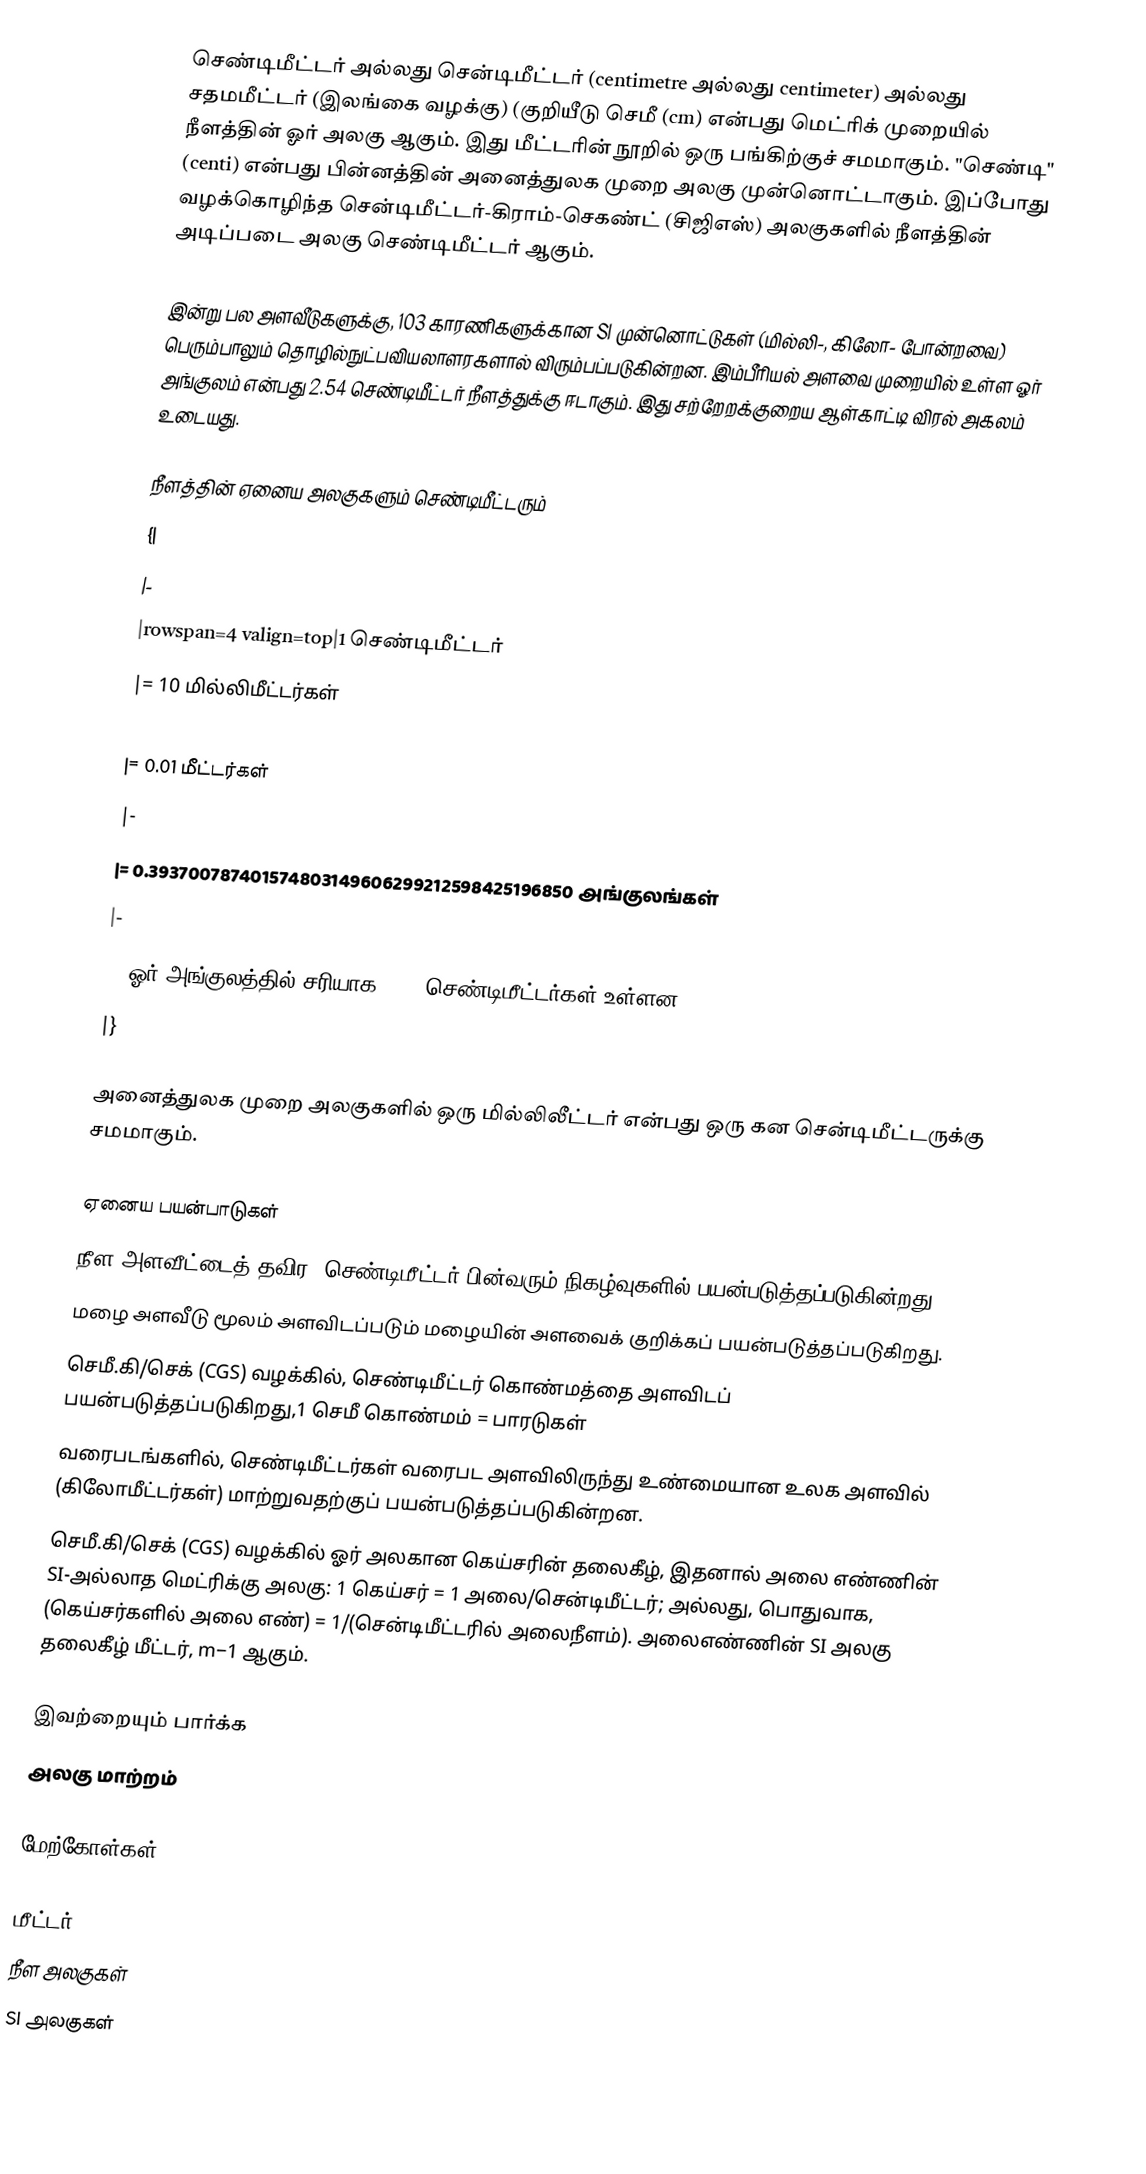
செண்டிமீட்டர் அல்லது சென்டிமீட்டர் (centimetre அல்லது centimeter) அல்லது சதமமீட்டர் (இலங்கை வழக்கு) (குறியீடு செமீ (cm) என்பது  மெட்ரிக் முறையில் நீளத்தின் ஓர் அலகு ஆகும். இது மீட்டரின் நூறில் ஒரு பங்கிற்குச் சமமாகும். "செண்டி" (centi) என்பது  பின்னத்தின் அனைத்துலக முறை அலகு முன்னொட்டாகும். இப்போது வழக்கொழிந்த சென்டிமீட்டர்-கிராம்-செகண்ட் (சிஜிஎஸ்) அலகுகளில் நீளத்தின் அடிப்படை அலகு செண்டிமீட்டர் ஆகும்.

இன்று பல அளவீடுகளுக்கு, 103 காரணிகளுக்கான SI முன்னொட்டுகள் (மில்லி-, கிலோ- போன்றவை) பெரும்பாலும் தொழில்நுட்பவியலாளரகளால் விரும்பப்படுகின்றன. இம்பீரியல் அளவை முறையில் உள்ள ஓர் அங்குலம் என்பது 2.54 செண்டிமீட்டர் நீளத்துக்கு ஈடாகும். இது சற்றேறக்குறைய ஆள்காட்டி விரல் அகலம் உடையது.

நீளத்தின் ஏனைய அலகுகளும் செண்டிமீட்டரும்
{|
|-
|rowspan=4 valign=top|1 செண்டிமீட்டர்
|= 10 மில்லிமீட்டர்கள்
|-
|= 0.01 மீட்டர்கள்
|-
|= 0.393700787401574803149606299212598425196850 அங்குலங்கள்
|-
|  (ஓர் அங்குலத்தில் சரியாக 2.54 செண்டிமீட்டர்கள் உள்ளன.)
|}

அனைத்துலக முறை அலகுகளில் ஒரு மில்லிலீட்டர் என்பது ஒரு கன சென்டிமீட்டருக்கு சமமாகும்.

ஏனைய பயன்பாடுகள்
நீள அளவீட்டைத் தவிர, செண்டிமீட்டர் பின்வரும் நிகழ்வுகளில் பயன்படுத்தப்படுகின்றது:
மழை அளவீடு மூலம் அளவிடப்படும் மழையின் அளவைக் குறிக்கப் பயன்படுத்தப்படுகிறது.
செமீ.கி/செக் (CGS) வழக்கில், செண்டிமீட்டர் கொண்மத்தை அளவிடப் பயன்படுத்தப்படுகிறது,1 செமீ கொண்மம் =  பாரடுகள்
வரைபடங்களில், செண்டிமீட்டர்கள் வரைபட அளவிலிருந்து உண்மையான உலக அளவில் (கிலோமீட்டர்கள்) மாற்றுவதற்குப் பயன்படுத்தப்படுகின்றன.
செமீ.கி/செக் (CGS) வழக்கில் ஓர் அலகான கெய்சரின் தலைகீழ், இதனால் அலை எண்ணின் SI-அல்லாத மெட்ரிக்கு அலகு: 1 கெய்சர் = 1 அலை/சென்டிமீட்டர்; அல்லது, பொதுவாக, (கெய்சர்களில் அலை எண்) = 1/(சென்டிமீட்டரில் அலைநீளம்). அலைஎண்ணின் SI அலகு தலைகீழ் மீட்டர், m−1 ஆகும்.

இவற்றையும் பார்க்க
அலகு மாற்றம்

மேற்கோள்கள்

மீட்டர்
நீள அலகுகள்
SI அலகுகள்